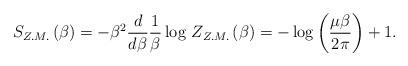
LaTeX: \begin{align*}S_{Z.M.}\left( \beta \right) =-\beta ^{2}\frac{d}{d\beta }\frac{1}{\beta }\log \, Z_{Z.M.}\left( \beta \right) =-\log \left( \frac{\mu \beta }{2\pi }\right) +1.\end{align*}